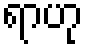
ရာဟု